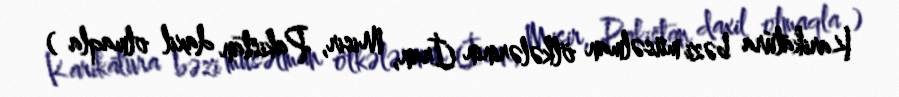
Karikatura bəzi müsəlman ölkələrinin (İran, Misir, Pakistan daxil olmaqla )